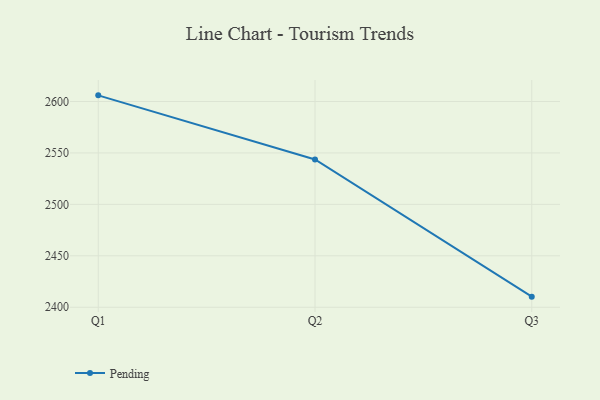
{"axis": {"x": "Quarter", "y": "Operating Costs (USD K)"}, "legend": ["Pending"], "data": [{"x": "Q1", "y": 2606.0, "type": "Pending"}, {"x": "Q2", "y": 2543.7, "type": "Pending"}, {"x": "Q3", "y": 2410.3, "type": "Pending"}]}